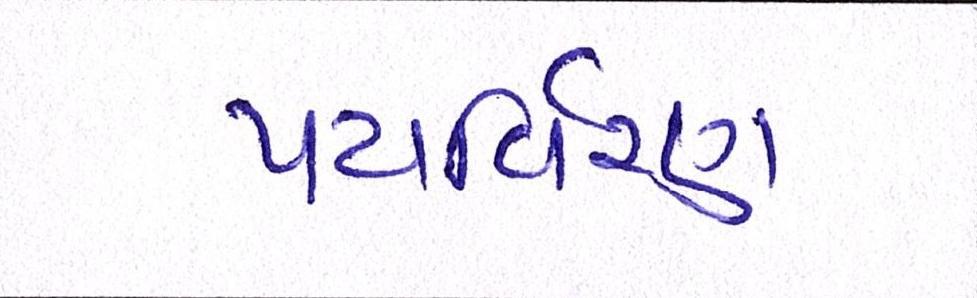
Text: પયર્વિરણ